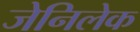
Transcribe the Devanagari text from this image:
जेनिलेक